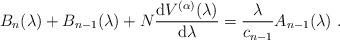
LaTeX: \begin{align*}B_n(\lambda)+B_{n-1}(\lambda)+N\frac{{\rm d}V^{(\alpha)}(\lambda)}{{\rm d} \lambda}=\frac{\lambda}{c_{n-1}}A_{n-1}(\lambda) \ .\end{align*}